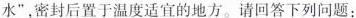
水”，密封后置于温度适宜的地方。请回答下列问题：